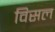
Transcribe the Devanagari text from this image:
विसल